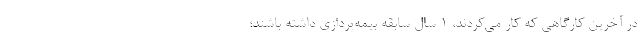
در آخرین کارگاهی که کار می‌کردند، ۱ سال سابقه بیمه‌پردازی داشته باشند؛